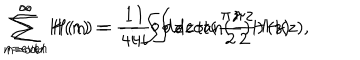
\sum _ { n = e v e n } ^ { \infty } H ( n ) = \frac { 1 } { 4 i } \oint d z \cot ( \frac { \pi z } { 2 } ) H ( z ) \hspace { . 1 i n } \sum _ { n = o d d } ^ { \infty } H ( n ) = - \frac { 1 } { 4 i } \oint d z \tan ( \frac { \pi z } { 2 } ) H ( z ) ,